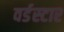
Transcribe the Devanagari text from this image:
वर्डस्‍टार